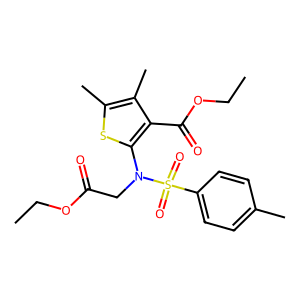
SMILES: CCOC(=O)CN(c1sc(C)c(C)c1C(=O)OCC)S(=O)(=O)c1ccc(C)cc1
Inhibits HIV replication: No